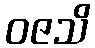
ဝဇသိ